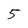
Character: 5